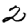
Digit: 2